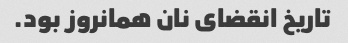
تاریخ انقضای نان همانروز بود.